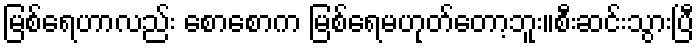
မြစ်ရေဟာလည်း စောစောက မြစ်ရေမဟုတ်တော့ဘူး။စီးဆင်းသွားပြီ